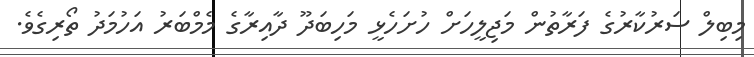
މިބިލް ސަރުކާރުގެ ފަރާތުން މަޖިލީހަށް ހުށަހެޅީ މަހިބަދޫ ދާއިރާގެ މެމްބަރު އަހުމަދު ތޯރިގެވެ.